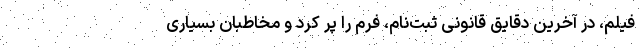
فیلم، در آخرین دقایق قانونی ثبت‌نام، فرم را پر کرد و مخاطبان بسیاری